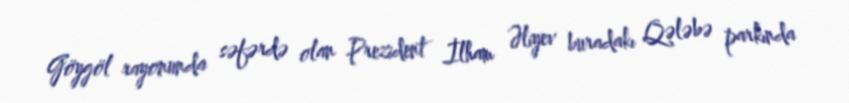
Göygöl rayonunda səfərdə olan Prezident İlham Əliyev buradakı Qələbə parkında